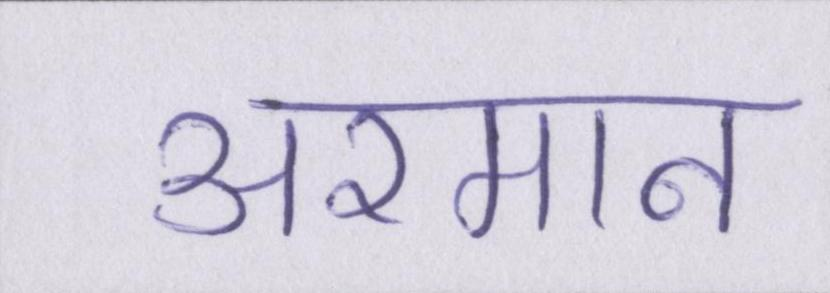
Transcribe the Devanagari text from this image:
अरमान